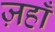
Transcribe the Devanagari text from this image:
ज़हाँ